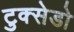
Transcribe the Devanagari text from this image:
टुक्सेडो